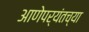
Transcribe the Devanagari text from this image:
आणेपर्यंतच्या